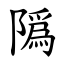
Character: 䧦